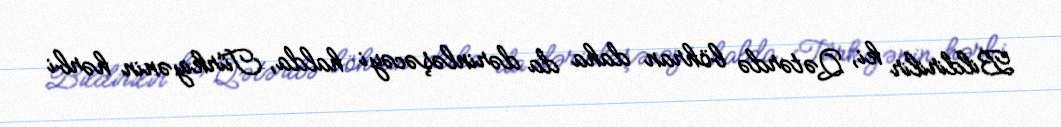
Bildirilir ki, Qətərdə böhran daha da dərinləşəcəyi halda, Türkiyənin hərbi